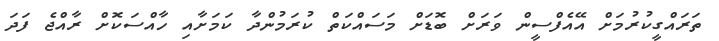
ތަރައްގީކުރުމަށް އޭއެފްސީން ވަރަށް ބޮޑަށް މަސައްކަތް ކުރަމުންދާ ކަމަށާއި ހާއްސަކޮށް ރާއްޖެ ފަދަ